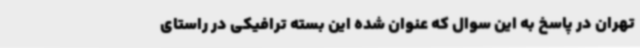
تهران در پاسخ به این سوال که عنوان شده این بسته ترافیکی در راستای